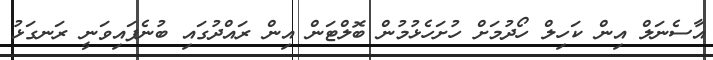
އާސެނަލް އިން ކަހިލް ހޯދުމަށް ހުށަހެޅުމުން ބޮލްޓަން އިން ރައްދުގައި ބުނެފައިވަނީ ރަނގަޅު